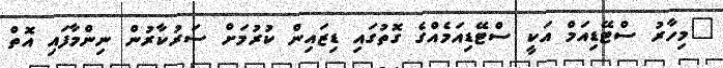
"މިހާރު ސްޓޭޑިއަމް އަކީ ސްޓޭޑިއަމެއްގެ ގޮތުގައި ޑިޒައިން ކުރުމަށް ސަރުކާރުން ނިންމާފައި އޮތް